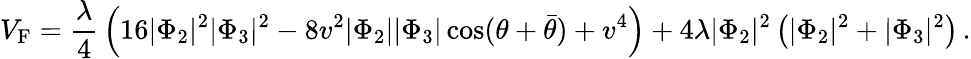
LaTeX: V_{\mathrm{F}}={\frac{\lambda}{4}}\left(16|\Phi_{2}|^{2}|\Phi_{3}|^{2}-8v^{2}|\Phi_{2}||\Phi_{3}|\cos(\theta+\bar{\theta})+v^{4}\right)+4\lambda|\Phi_{2}|^{2}\left(|\Phi_{2}|^{2}+|\Phi_{3}|^{2}\right)\, .